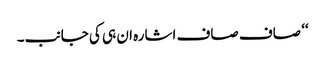
‘‘ صاف صاف اشارہ ان ہی کی جانب۔